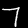
Label: 7